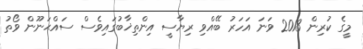
މީގެ ކުރިން 2013 ވަނަ އަހަރު ބޭއްވި ރިޔާސީ އިންތިޚާބުގައިވެސް ސައްޙަނޫން ވޯތު